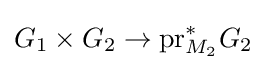
G_{1}\times G_{2}\to \mathrm {pr} _{M_{2}}^{*}G_{2}